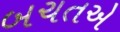
બચતએ